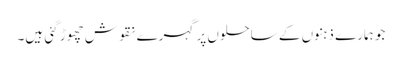
جو ہمارے ذہنوں کے ساحلوں پر گہرے نقوش چھوڑ گئی ہیں۔